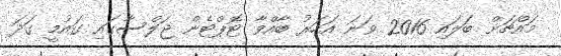
މައްޗަށް ބަލައި 2016 ވަނަ އަހަރު ބާއްވާ ޓޮޕްޓެން ޖަލްސާގައި ގައުމީ ގަދަ